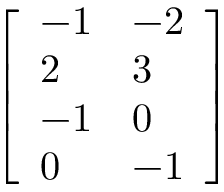
\begin{array} { r } { \left[ \begin{array} { l l } { - 1 } & { - 2 } \\ { 2 } & { 3 } \\ { - 1 } & { 0 } \\ { 0 } & { - 1 } \end{array} \right] } \end{array}